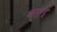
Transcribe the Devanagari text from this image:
कप्ताई